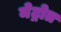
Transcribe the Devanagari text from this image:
मेट्रोत